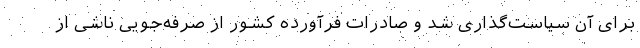
برای آن سیاست‌گذاری شد و صادرات فرآورده کشور از صرفه‌جویی ناشی از